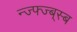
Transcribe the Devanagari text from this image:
न्ज्फ्ज्ब्स्ब